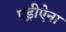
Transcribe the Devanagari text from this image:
एड्रीऐना